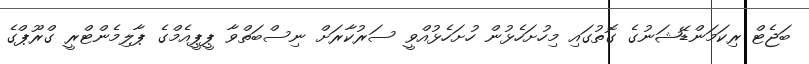
ބަޖެޓް ރިކަމަންޑޭޝަނުގެ ގޮތުގައި މިހުށަހެޅުން ހުށަހެޅުއްވީ ސަރުކާރަށް ނިސްބަތްވާ ޕީޕީއެމްގެ ޕާލިމެންޓްރީ ގްރޫޕްގެ